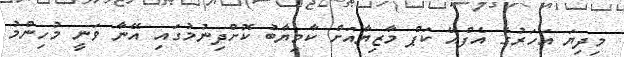
މިދިޔަ އަހަރުގެ އެފްއޭ ކަޕް މާޒިޔާއަށް ކާމިޔާބު ކޮށްދިނުމުގައި އޭނާ ވަނީ މުހިންމު